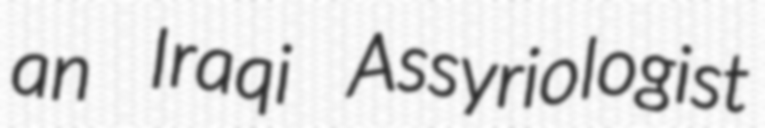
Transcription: an Iraqi Assyriologist